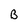
Character: B